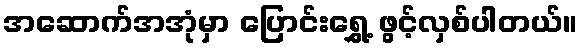
အဆောက်အအုံမှာ ပြောင်းရွှေ့ ဖွင့်လှစ်ပါတယ်။